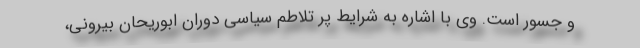
و جسور است. وی با اشاره به شرایط پر تلاطم سیاسی دوران ابوریحان بیرونی،